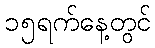
၁၅ရက်နေ့တွင်